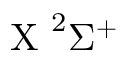
\mathrm { ~ X ~ } ^ { 2 } \Sigma ^ { + }